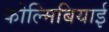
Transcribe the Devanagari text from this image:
कोल्मिबियाई